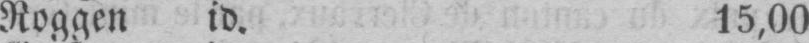
Roggen id. 15,00